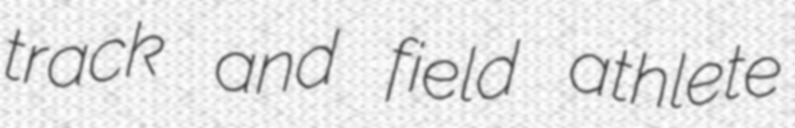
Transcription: track and field athlete